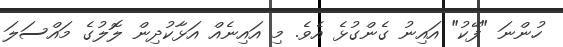
ހުންނަ "ފޭކު" އައިނު ގެންގުޅެ އެވެ. މި އައިނެއް އަޅާކުދިން ލޮލުގެ މައްސަލަ